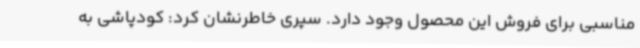
مناسبی برای فروش این محصول وجود دارد. سپری خاطرنشان کرد: کودپاشی به